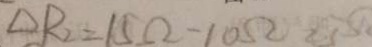
\Delta R _ { 2 } = 1 5 \Omega - 1 0 \Omega 2 . 5 \Omega